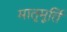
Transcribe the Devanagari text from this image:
मातृमूर्ति